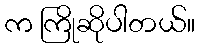
က ကြိုဆိုပါတယ်။